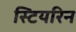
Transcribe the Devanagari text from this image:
स्टियरिन